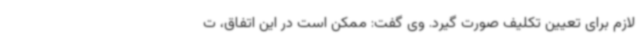
لازم برای تعیین تکلیف صورت گیرد. وی گفت: ممکن است در این اتفاق، ت